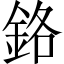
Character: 鉻